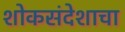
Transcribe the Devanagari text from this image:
शोकसंदेशाचा